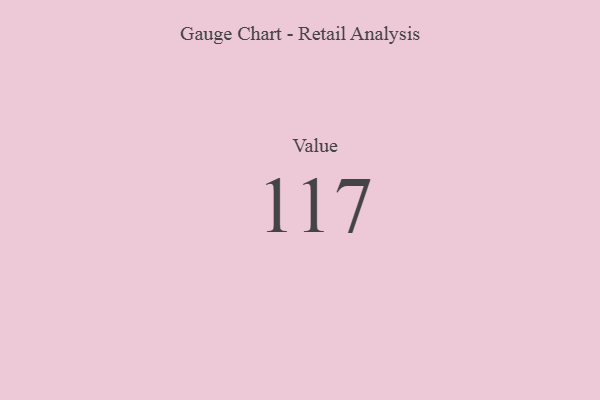
{"axis": {"x": "Metric", "y": "Value"}, "legend": [""], "data": [{"x": "Value", "y": 117, "type": ""}]}